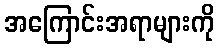
အကြောင်းအရာများကို